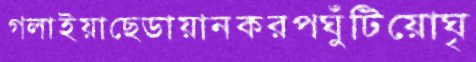
গলাইয়াছেডায়ানকরপঘুঁটিয়োঘৃ